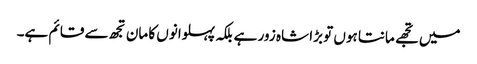
میں تجھے مانتا ہوں تو بڑا شاہ زور ہے بلکہ پہلوانوں کا مان تجھ سے قائم ہے۔